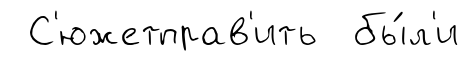
С'южетправ'ить бы́л'и